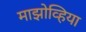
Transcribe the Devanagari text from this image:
माझोव्हिया